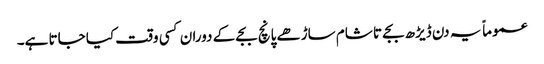
عموماً یہ دن ڈیڑھ بجے تا شام ساڑھے پانچ بجے کے دوران کسی وقت کیا جاتا ہے۔